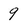
Character: 9